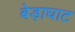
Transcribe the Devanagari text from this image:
बेड़ाघाट